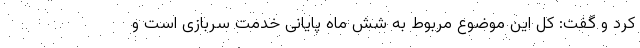
کرد و گفت: کل این موضوع مربوط به شش ماه پایانی خدمت سربازی است و